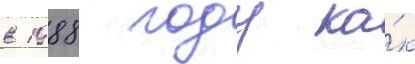
в 1988 году ка́к